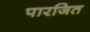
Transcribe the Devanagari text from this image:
पारजित